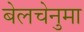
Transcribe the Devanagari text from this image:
बेलचेनुमा